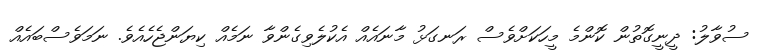
ސުވާލު: ދީނީގޮތުން ކޮންމެ މީހަކަށްވެސް ރަނގަޅު މާނައެއް އެކުލެވިގެންވާ ނަމެއް ކިޔަންޖެހެއެވެ. ނަމަވެސްބައެއް